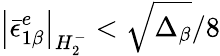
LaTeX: \left|{\bar{\epsilon}}_{1\beta}^{e}\right|_{H_{2}^{-}}<\sqrt{\Delta_{\beta}}/8